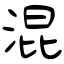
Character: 混